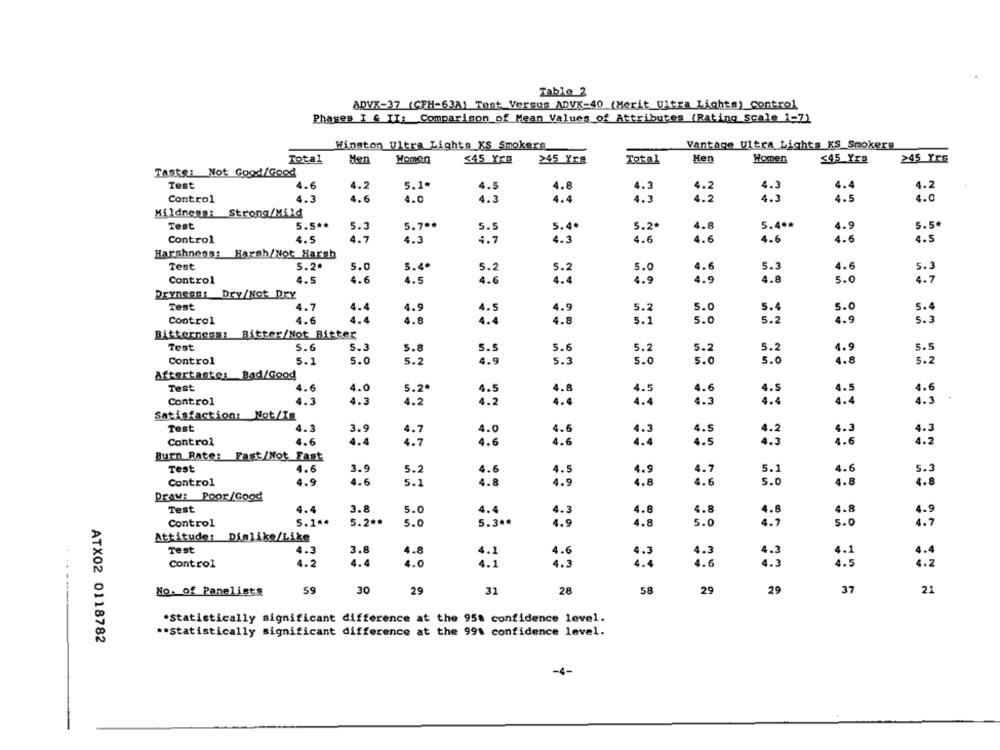
Table 2
ADVK-37 (CFH-63A) Test Versus ADVK-40 (Merit_Ultra Lights) Control
Phases I & II: Comparison of Mean Values of Attributes (Rating scale 1-7)
Winston Ultra Lights KS Smokers
Vantage Ultra Lights KS_Smokers
Total
Men
Homen
>45 Yrs
Men
Homeen
≤45 Yrs
245 Yrs
Total
545 Yrs
Tante: Not Good/Good
Test
4.6
4.2
5.1.
4.5
4.8
4.3
4.2
4.3
4.4
4.2
Control
4.3
4.6
4.0
4.3
4.4
4.3
4.2
1.3
4.5
4.0
Mildnens: Strong/Mild
Test
5.5 **
5.7 **
5.5
5.2ª
5.4 **
4.9
5.5ª
5.3
5.4ª
Control
4.5
4.7
4.3
4.7
4.3
4.6
4.6
4.6
4.6
4.5
Harshneos: Harsh/Not Harsh
Test
5.2ª
5.0
5.4
5.2
5.2
5.0
4.6
5.3
4.6
5.3
5.0
4.7
Control
4.5
4.6
4.5
4.6
4.4
4.9
4.9
4.8
Dryness: Dry/Not Dry
Test
4.7
5.2
5.0
5.4
5.0
5.4
4.4
4.9
4.5
4.9
Control
4.6
4.4
4.8
4.4
4.8
5.1
5.0
5.2
4.9
5.3
Bitterness: Bitter/Not Bitter
5.3
5.5
Test
5.6
5.8
5.5
5.6
5.2
5.2
5.2
4.9
Control
5.0
5.2
4.9
5.0
5.0
5.0
4.8
5.2
5.1
5.3
Aftertantes Bad/Good
Test
4.6
4.0
5.2*
4.5
4.8
4.5
4.6
4.5
4.5
4.6
Control
4.3
4.3
4.2
4.2
4.4
4.4
4.3
4.4
4.4
4.3
Satisfaction: Not/In
Test
4.3
3.9
4.7
4.0
4.6
4.3
4.5
4.2
4.3
4.3
Control
4.6
4.4
4.7
4.6
4.6
4.5
4.3
4.6
4.2
Burn Rate: Fast/Not Fast
Test
4.6
3.9
5.2
4.6
4.5
4.9
4.7
5.1
4.6
5.3
Control
4.9
4.8
4.6
4.9
4.6
5.1
4.8
5.0
4.8
4.8
Draw: Poor/Good
Test
4.4
3.8
5.0
4.4
4.3
4.8
4.8
4.8
4.8
Control
5.1 **
5.2 **
5.0
5.3ªª
4.9
4.8
5.0
4.7
5.0
Attitude: Dinlike/Like
Test
4.3
3.8
4.8
4.1
4.6
4.3
4.3
4.1
4.4
4.0
4.7
4.6
4.3
Control
4.2
4.4
4.5
4. 2
---
No. of Panelists
59
30
29
31
28
58
29
29
37
21
.Statistically significant difference at the 95% confidence level.
ATX02 0118782
** Statistically significant difference at the 99% confidence level.
-4-